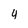
Character: 4